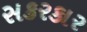
સકરકાર